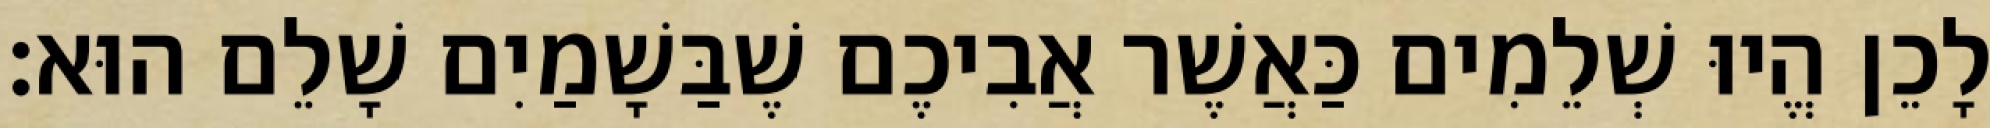
לָכֵן הֱיוּ שְׁלֵמִים כַּאֲשֶׁר אֲבִיכֶם שֶׁבַּשָׁמַיִם שָׁלֵם הוּא׃